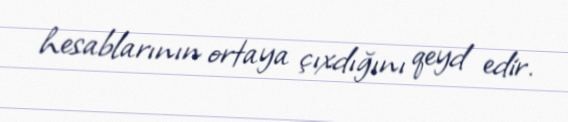
hesablarının ortaya çıxdığını qeyd edir.